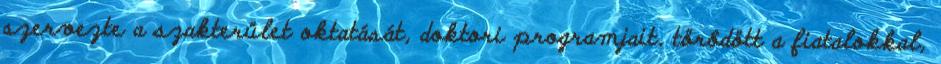
szervezte a szakterület oktatását, doktori programjait, törôdött a fiatalokkal,